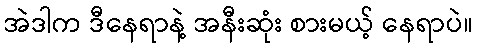
အဲဒါက ဒီနေရာနဲ့ အနီးဆုံး စားမယ့် နေရာပဲ။